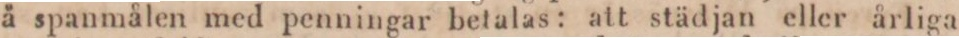
å spanmålen med penningar betalas: att städjan eller årliga